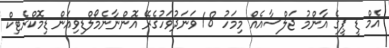
އެމް ޑީ ޕީގެ އާންމު ޖަލްސާއެއް މިމަހު 18 ވަނަދުވަހުގެރޭ އޮންނާނެމޯލްޑިވިއަން ޑިމޮކްރެޓިކް